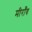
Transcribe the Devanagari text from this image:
मीराँव